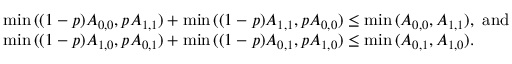
\begin{array} { r l } & { \operatorname* { m i n } { ( ( 1 - p ) A _ { 0 , 0 } , p A _ { 1 , 1 } ) } + \operatorname* { m i n } { ( ( 1 - p ) A _ { 1 , 1 } , p A _ { 0 , 0 } ) } \leq \operatorname* { m i n } { ( A _ { 0 , 0 } , A _ { 1 , 1 } ) } , \mathrm { ~ a n d } } \\ & { \operatorname* { m i n } { ( ( 1 - p ) A _ { 1 , 0 } , p A _ { 0 , 1 } ) } + \operatorname* { m i n } { ( ( 1 - p ) A _ { 0 , 1 } , p A _ { 1 , 0 } ) } \leq \operatorname* { m i n } { ( A _ { 0 , 1 } , A _ { 1 , 0 } ) } . } \end{array}